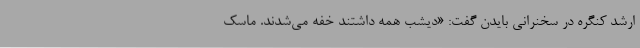
ارشد کنگره در سخنرانی بایدن گفت: «دیشب همه داشتند خفه می‌شدند. ماسک